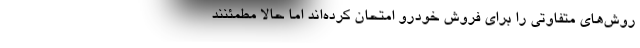
روش‌های متفاوتی را برای فروش خودرو امتحان کرده‌اند اما حالا مطمئنند